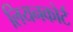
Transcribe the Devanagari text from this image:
लियनकोर्ट